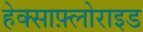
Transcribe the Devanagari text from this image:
हेक्साफ़्लोराइड